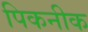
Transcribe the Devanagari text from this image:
पिकनीक